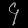
Digit: ၄